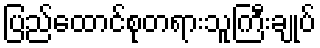
ပြည်ထောင်စုတရားသူကြီးချုပ်